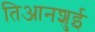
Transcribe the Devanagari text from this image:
तिआनशुई